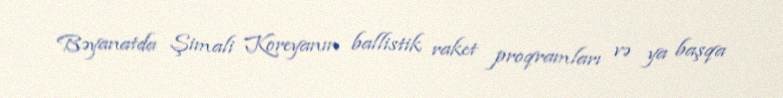
Bəyanatda Şimali Koreyanın ballistik raket proqramları və ya başqa